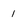
Character: 1